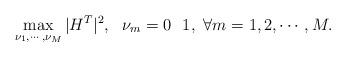
LaTeX: \begin{align*} \max_{\nu_1,\cdots,\nu_M}|H^T|^2, \ \ \nu_m = 0\ \ 1, \ \forall m=1,2,\cdots,M.\end{align*}